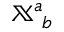
\mathbb { X } _ { ~ b } ^ { a }